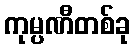
ကုမ္ပဏီတစ်ခု